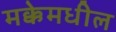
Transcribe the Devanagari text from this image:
मक्केमधील